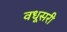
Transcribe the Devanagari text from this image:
वधूसरी